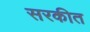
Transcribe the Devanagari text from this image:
सरकीत